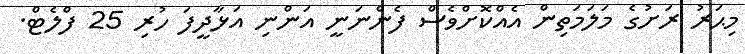
މިޙަރު ރަށުގެ މަލަމަތިން އެއްކޮށްވެސް ފެންނަނީ އަންނި އަޅާދީފަ ހުރި 25 ފްލެޓް.